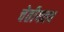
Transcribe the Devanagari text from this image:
चेतीयत्तव